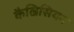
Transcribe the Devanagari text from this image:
कैल्रिसियन